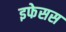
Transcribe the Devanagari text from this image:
इफेसस